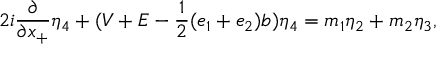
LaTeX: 2 i \frac { \partial } { \partial x _ { + } } { \eta } _ { 4 } + ( V + E - \frac { 1 } { 2 } ( e _ { 1 } + e _ { 2 } ) b ) { \eta } _ { 4 } = m _ { 1 } { \eta } _ { 2 } + m _ { 2 } { \eta } _ { 3 } ,